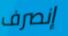
إنصرف